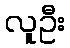
လူဦး